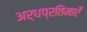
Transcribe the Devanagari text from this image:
अर्धप्रतिमाएँ